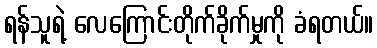
ရန်သူရဲ့ လေကြောင်းတိုက်ခိုက်မှုကို ခံရတယ်။